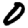
Digit: 0